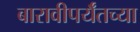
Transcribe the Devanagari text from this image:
बारावीपर्यँतच्या